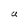
Character: a